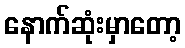
နောက်ဆုံးမှာတော့